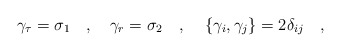
\begin{align*}\gamma_\tau=\sigma_1~~~,~~~\gamma_r=\sigma_2~~~,~~~\left\{\gamma_i, \gamma_j\right\}=2\delta_{ij}~~~,\end{align*}